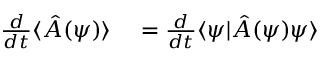
\begin{array} { r l } { \frac { d } { d t } \langle \hat { A } ( \psi ) \rangle } & { { } = \frac { d } { d t } \langle \psi | \hat { A } ( \psi ) \psi \rangle } \end{array}